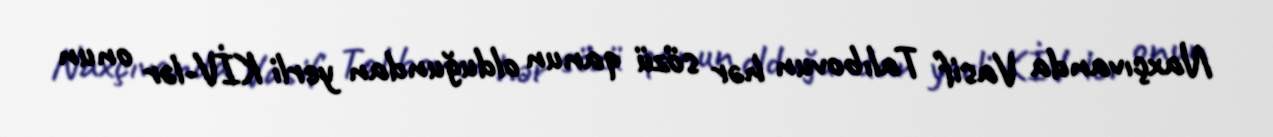
Naxçıvanda Vasif Talıbovun hər sözü qanun olduğundan yerli KİV-lər onun